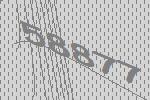
58877